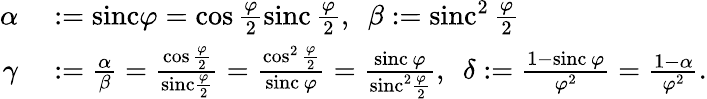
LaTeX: \begin{array}{rl}{\alpha}&{{}:=\mathrm{sinc}\varphi=\cos\frac{\varphi}{2}\mathrm{sinc\, }\frac{\varphi}{2},\ \ \beta:=\mathrm{sinc}^{2}\mathrm{\, }\frac{\varphi}{2}}\\ {\gamma}&{{}:=\frac{\alpha}{\beta}=\frac{\cos\frac{\varphi}{2}}{\mathrm{sinc}\frac{\varphi}{2}}=\frac{\cos^{2}\frac{\varphi}{2}}{\mathrm{sinc\, }\varphi}=\frac{\mathrm{sinc\, }\varphi}{\mathrm{sinc}^{2}\frac{\varphi}{2}},\ \ \delta:=\frac{1-\mathrm{sinc\, }\varphi}{\varphi^{2}}=\frac{1-\alpha}{\varphi^{2}}.}\end{array}